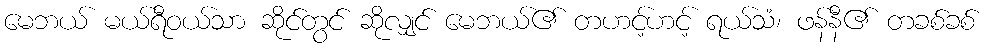
မေဘယ် မယ်ရီဝယ်သာ ဆိုင်တွင် ဆိုလျှင် မေဘယ်၏ တဟင့်ဟင့် ရယ်သံ၊ ဖန်နီ၏ တခစ်ခစ်